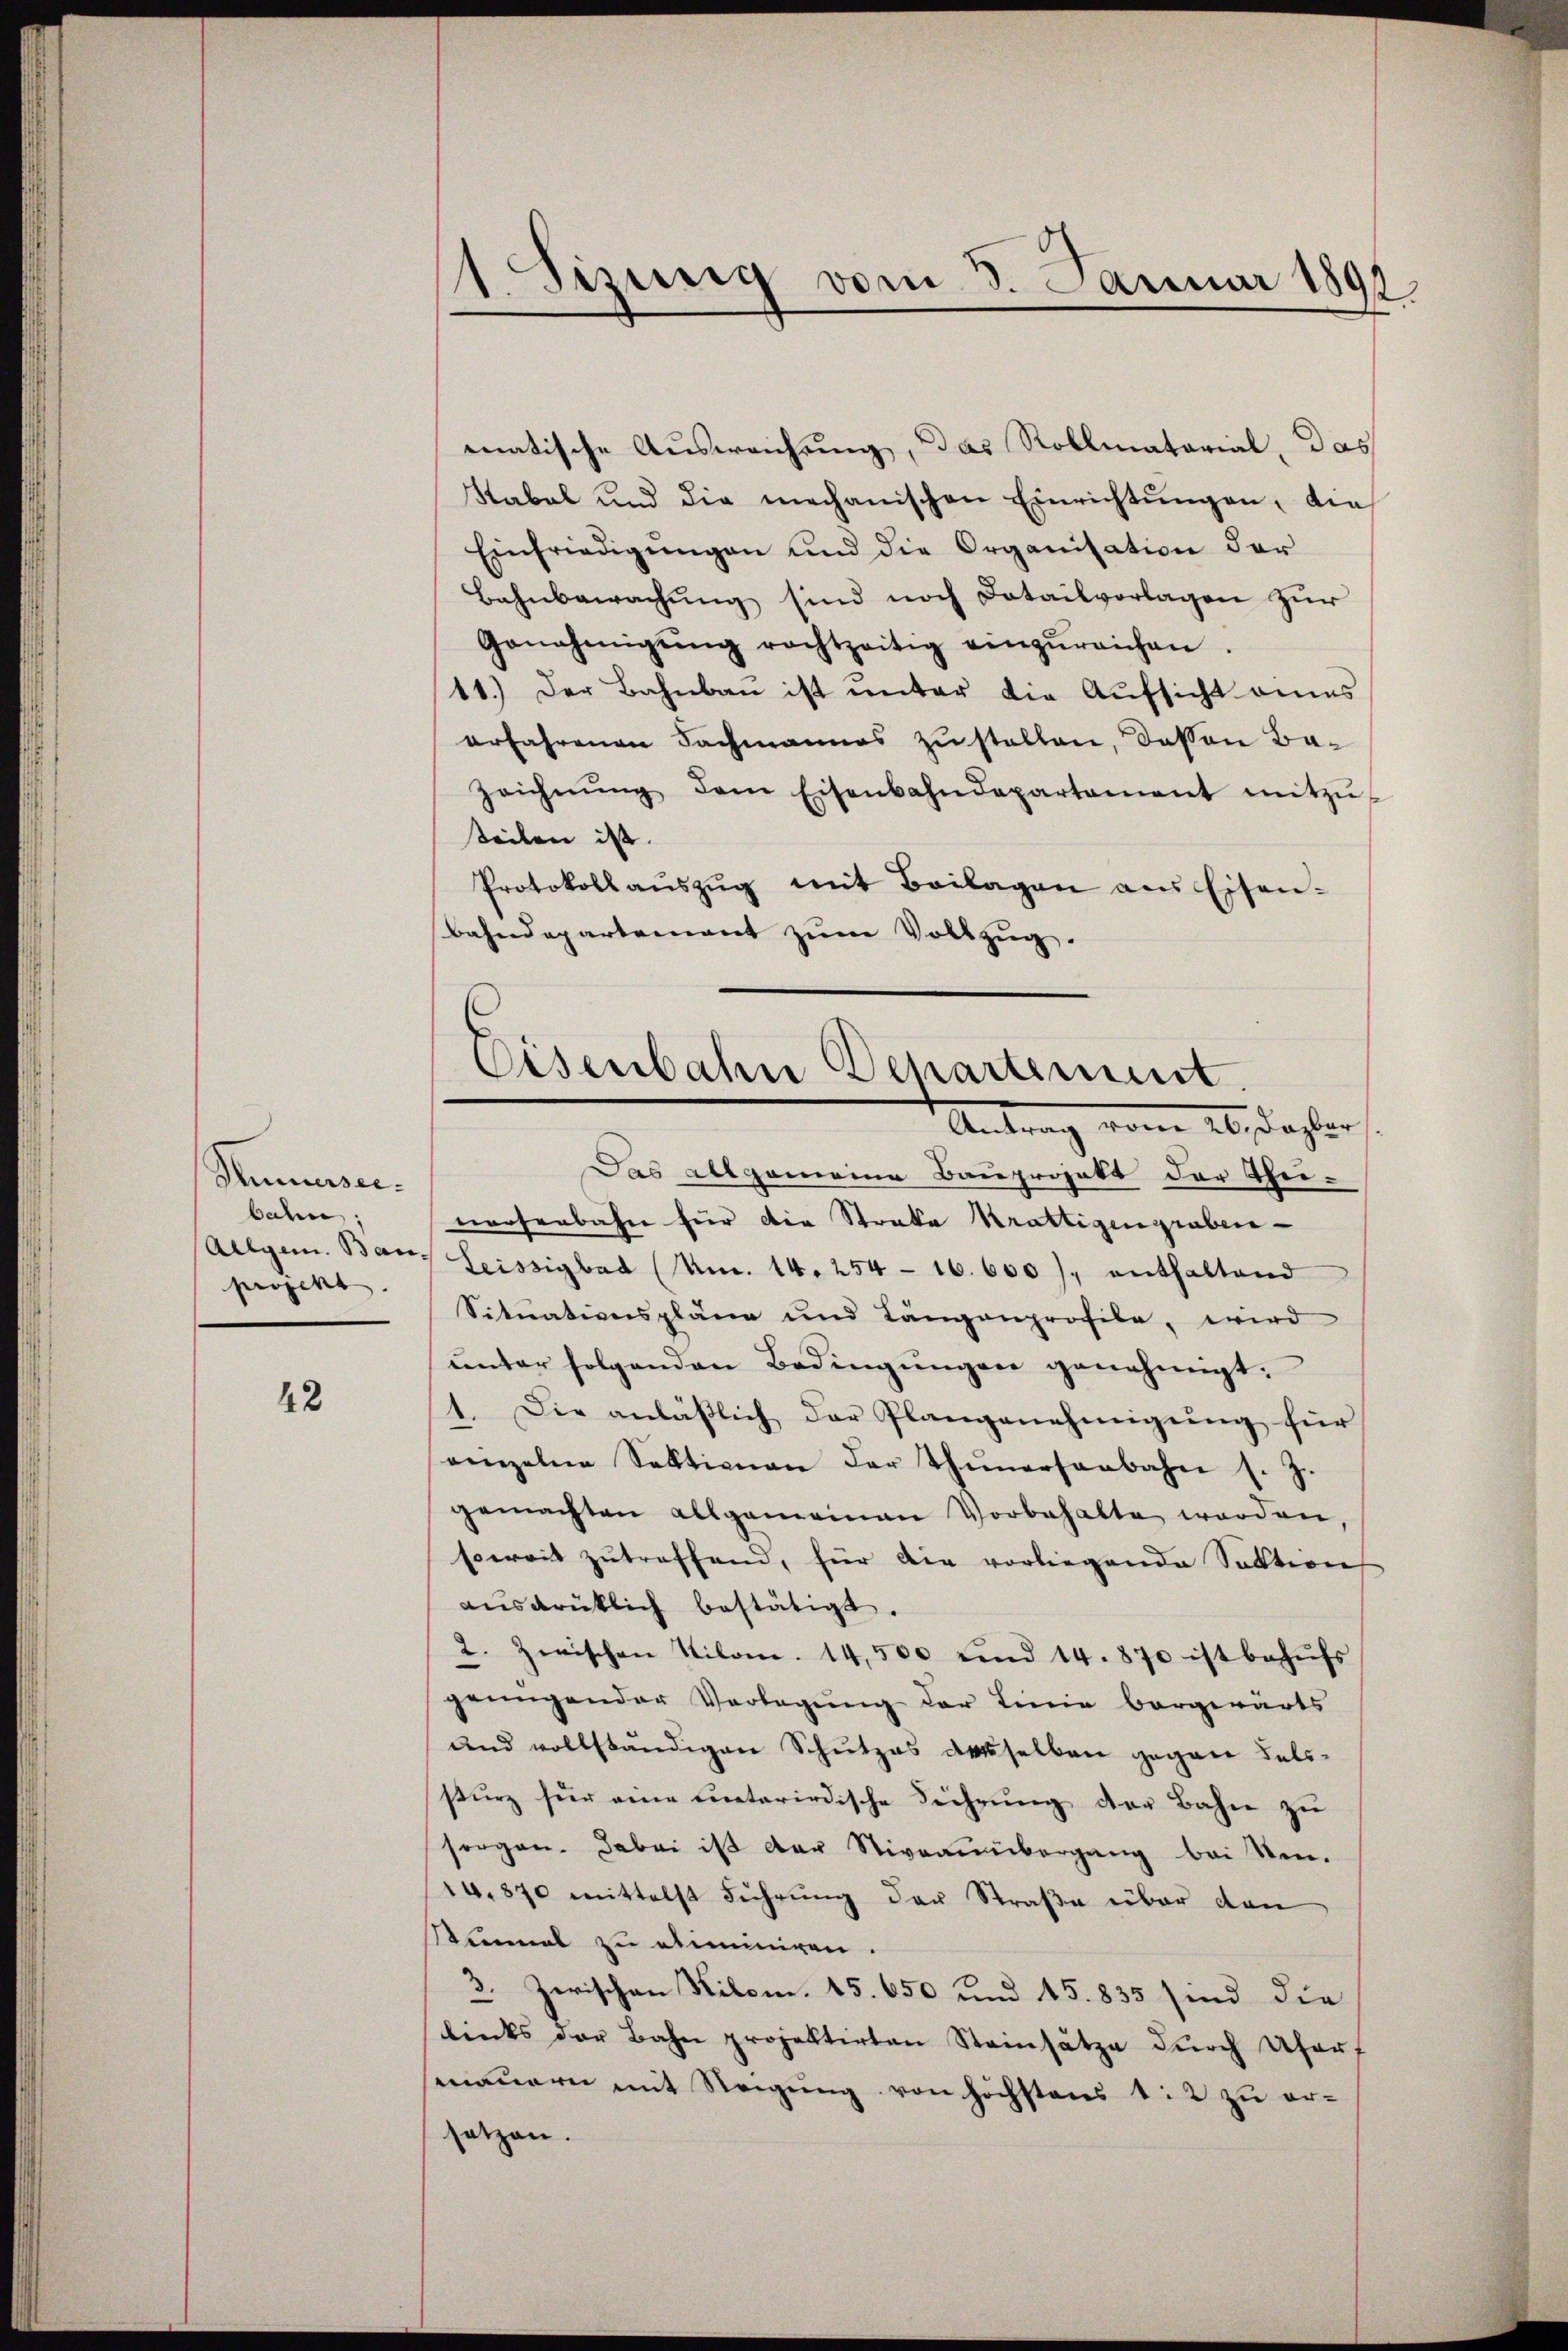
Thunerseibahn;
projekt.

42

1 Sizung vom 3. Januar 1891

matische Ausweichung, das Rollmatorial, das
Rabal und die mechanischen Einrichtungen, die
Einfriedigŭngen und die Organisation der
Bahnbewachung sind noch Datailvorlagen zur
Genehmigŭng rechtzeitig einzŭreichen.
11.) Der Bahnbau ist unter die Aufsicht eines
erfahrenen Fachmannes zu stellen, dassen Ba¬
Zeichnŭng dem Eisenbahndepartement mitzŭ
Seilen ist.
Protokollaŭszŭg mit Beilagen ans Eisen-
Bahndepartement zum Vollzug.

Das allgemeine Bauprojekt der Theivoosenbahn für die Strafe Krattigengraben-
Allgem. Ban. Seissigbad (Mm. 14. 254 - 16. 600), enthaltend
Situationspläne und Längenprofile, wird
ŭnter folgenden Bedingŭngen genehmigt.
1. Die anläβlich der Plangenehmigŭng für
einzelne Sektionen der Thunersaabahn s. Z.
gemachten allgemeinen Vorbehalte werden
soweit zutreffend, für die vorliegende Sektion
aŭsdrüklich bestätigt.
2. Zwischen Kilom. 14,500 und 14. 870 ist behŭfs
genügender Verlegŭng der Linie bergewärts
und vollständigen Schutzes desselben gegen Felisturz für eine unterirdische Führung der Bahn zu
sorgen. Dabei ist der Niveaumbergang bei Sen¬
10.870 mittelst Führung der Straße über den
Sinmal zu eliminigen.
3. Zwischen Kilom. 15. 650 und 15. 835 sind die
links der Bahn projektirten Steinsätze durch Uforf
senauern mit Steigung von höchstens 12 zu ersetzen.

Eisenbahn Departement
Antrag vom 20. Dasser